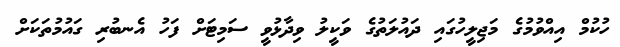
ހުކުމް އިއްވުމުގެ މަޖިލީހުގައި ދައުލަތުގެ ވަކީލު ވިދާޅުވީ ސަމިޓަށް ފަހު އެނބުރި ގައުމުތަކަށް